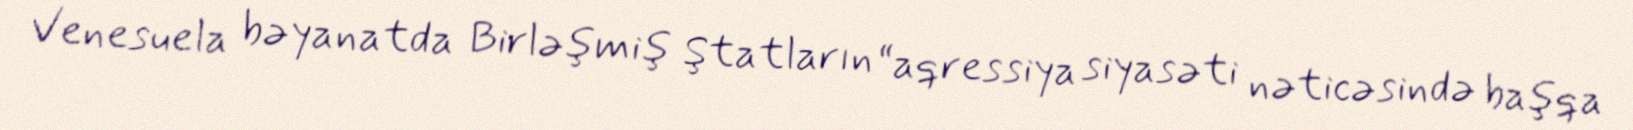
Venesuela bəyanatda Birləşmiş Ştatların “aqressiya siyasəti nəticəsində başqa